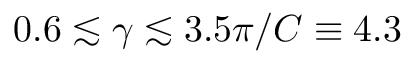
0 . 6 \lesssim \gamma \lesssim 3 . 5 \pi / C \equiv 4 . 3